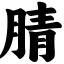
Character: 腈